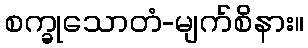
စက္ခုသောတံ-မျက်စိနား။